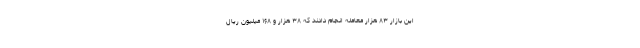
این بازار ۸۳ هزار معامله انجام دادند که ۳۸ هزار و ۱۶۸ میلیون ریال